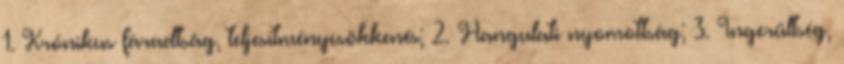
1. Krónikus fáradtság, teljesítménycsökkenés; 2. Hangulati nyomottság; 3. Ingerültség,